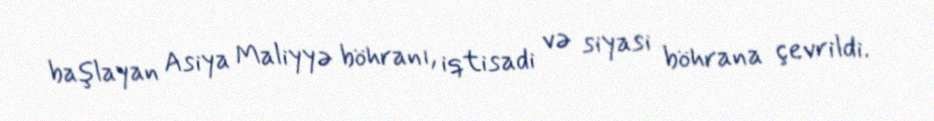
başlayan Asiya Maliyyə böhranı, iqtisadi və siyasi böhrana çevrildi.